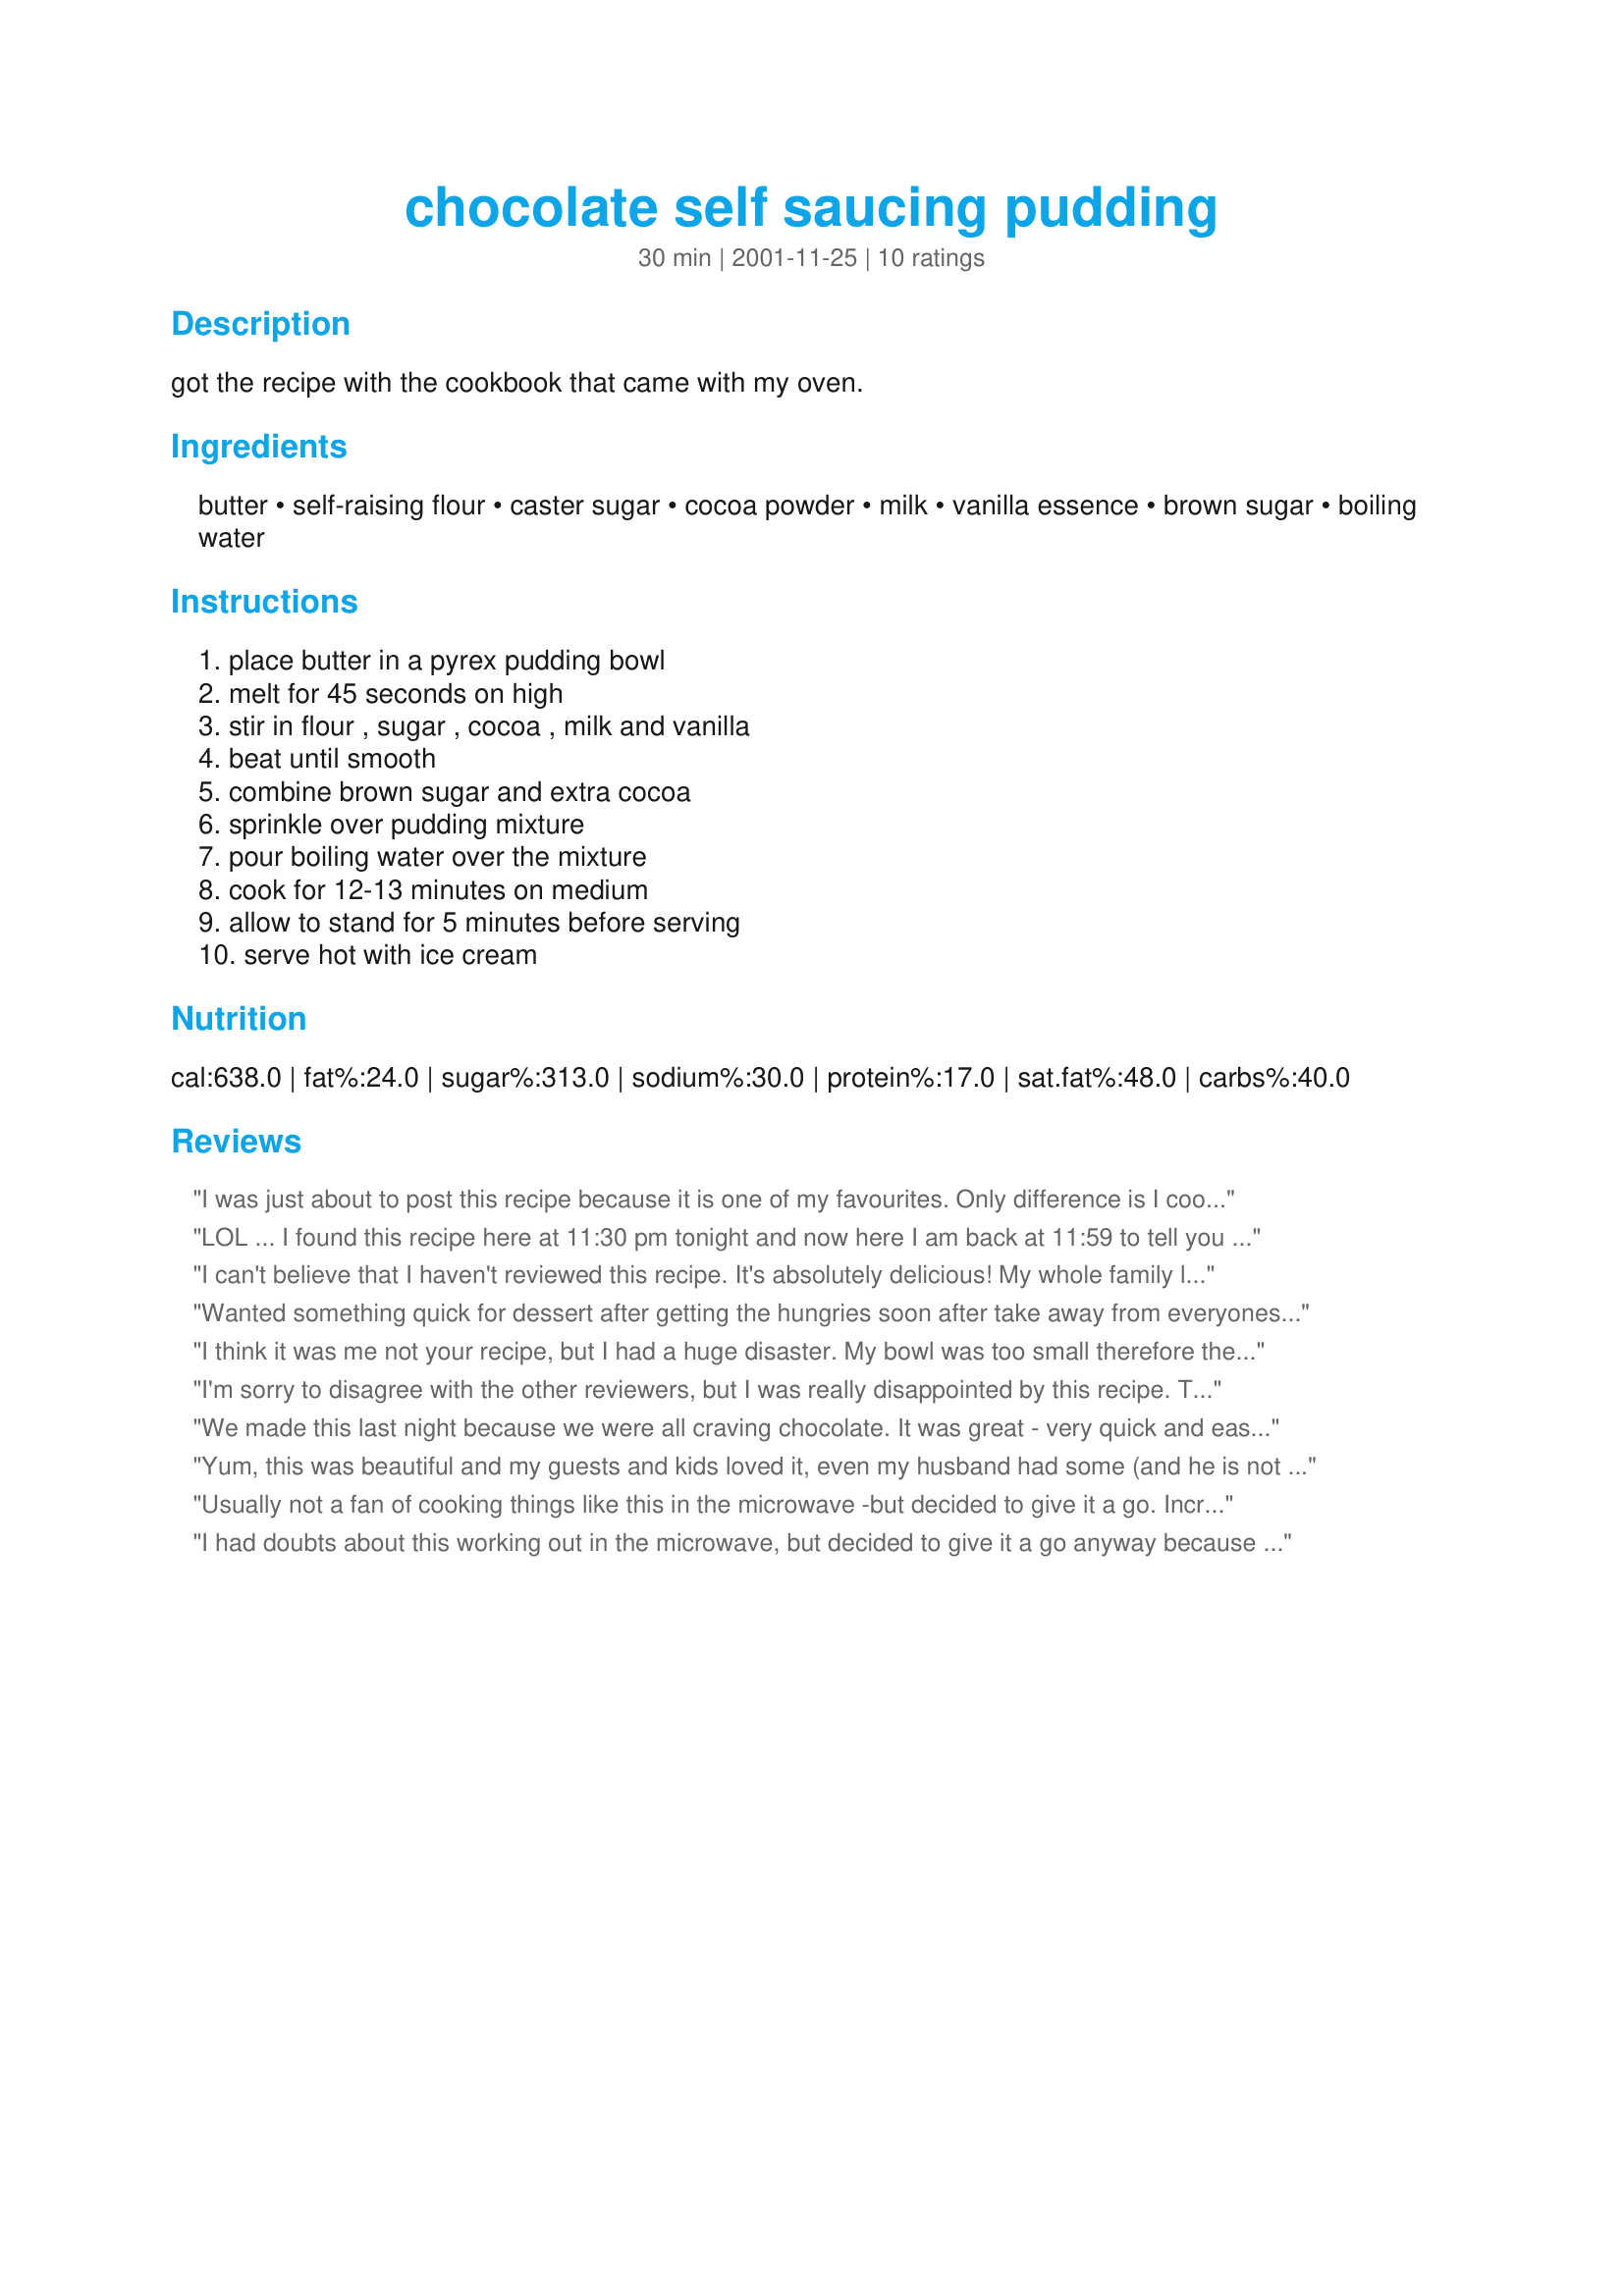
chocolate self saucing pudding
Preparation time: 30 minutes

got the recipe with the cookbook that came with my oven.

Ingredients:
butter, self-raising flour, caster sugar, cocoa powder, milk, vanilla essence, brown sugar, boiling water

Steps:
place butter in a pyrex pudding bowl, melt for 45 seconds on high, stir in flour , sugar , cocoa , milk and vanilla, beat until smooth, combine brown sugar and extra cocoa, sprinkle over pudding mixture, pour boiling water over the mixture, cook for 12-13 minutes on medium, allow to stand for 5 minutes before serving, serve hot with ice cream

Reviews:
I was just about to post this recipe because it is one of my favourites. Only difference is I cook mine in the oven 180C for 50 minutes. It is really easy and usually all ingredients are in my pantry!!
LOL ... I found this recipe here at 11:30 pm tonight and now here I am back at 11:59 to tell you EVERYONE LOVED IT! 

It was so quick and easy to make. The only thing I did differently was in using regular granulated sugar instead of caster sugar.

It turned out to be just like the chocolate lava cake that my DH loves so dearly! 

It will easily serve 6 ... and that is if you like generous portions the way the 4 adults here like. I venture to say it would serve 8 if you are also having ice-cream with the cake. I would have dearly loved to have had some vanilla bean ice-cream with it tonight .... but hey .... now i have a reason to make it again tomorrow when I buy ice-cream. :)
I can't believe that I haven't reviewed this recipe. It's absolutely delicious! My whole family loves it and it is very much requested by all who try it. Thank you so much for posting i!
Wanted something quick for dessert after getting the hungries soon after take away from everyones favorite 'family restaurant', and found this! mixed everything in an oval 1.3 litre casserole, scaped down the sides and made sure the batter was even, topped with sauce mix, microwaved on 50% for 15 minutes. Served with custard. Yum!
I think it was me not your recipe, but I had a huge disaster. My bowl was too small therefore the choc sauce overflowed like a muddy river onto the microwave turntable, it splattered & hit every surface of the microwave, it did however amuse my 6 year old! We then tried to eat some, but if play dough came in chocolate flavour, then I think that's what I made. I will give it a go in a MUCH larger pyrex bowl, then I shall re-rate it. Thanks for the recipe anyway!
I'm sorry to disagree with the other reviewers, but I was really disappointed by this recipe.

The sponge was OK, if a bit stodgy, but the sauce was like a really weak chocolate syrup - not pleasant at all.
We made this last night because we were all craving chocolate. It was great - very quick and easy to make. The cake was light and the sauce was nice and gooey. Thanks Charishma!
Yum, this was beautiful and my guests and kids loved it, even my husband had some (and he is not a sweet fan). the beautiful choclaty taste was really nice, will cook again when my mum comes for dinner. I cooked this in the oven next time I'll try it in the microwave. Thank you for the great recipe.
Usually not a fan of cooking things like this in the microwave -but decided to give it a go. Incredibly easy, with on hand ingredients. It was deliciously chocolatey, light and fluffy. Had some cold the next day, and it was still really good. I did use a really good dark baking cocoa which helped make is so rich and delicious. Great recipe.
I had doubts about this working out in the microwave, but decided to give it a go anyway because the ingredients are ones I always have. Surprised at how easy, how quick and how tasty this was! This is a great dessert to make when unexpected guests come. You could mix it all up and microwave it while guests are eating main course. so easy! serve warm with some vanilla icecream. Thanks for posting.
